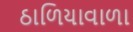
ઠાળિયાવાળા